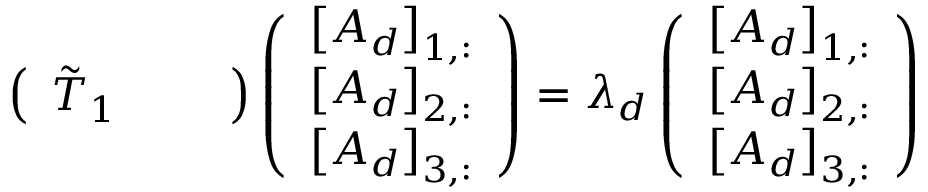
\left( \begin{array} { l l l } { \tilde { T } _ { 1 } } & { } & { } \end{array} \right) \left( \begin{array} { l } { \left[ A _ { d } \right] _ { 1 , : } } \\ { \left[ A _ { d } \right] _ { 2 , : } } \\ { \left[ A _ { d } \right] _ { 3 , : } } \end{array} \right) = \lambda _ { d } \left( \begin{array} { l } { \left[ A _ { d } \right] _ { 1 , : } } \\ { \left[ A _ { d } \right] _ { 2 , : } } \\ { \left[ A _ { d } \right] _ { 3 , : } } \end{array} \right)